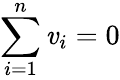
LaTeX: \sum_{i=1}^{n}\mathit{v}_{i}=0